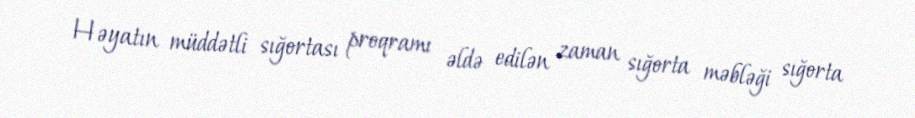
Həyatın müddətli sığortası proqramı əldə edilən zaman sığorta məbləği sığorta